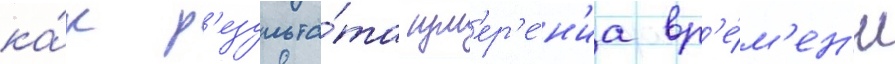
ка́к р'езульта́та изм'ер'е́н'иа вр'е́м'ен'и